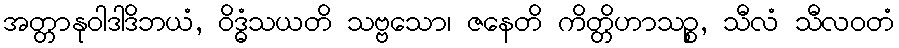
အတ္တာနုဝါဒါဒိဘယံ, ဝိဒ္ဓံသယတိ သဗ္ဗသော၊ ဇနေတိ ကိတ္တိဟာသဉ္စ, သီလံ သီလဝတံ